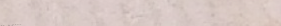
خدمة توصيل الطعام السريع